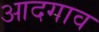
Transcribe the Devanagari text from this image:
आदगाव